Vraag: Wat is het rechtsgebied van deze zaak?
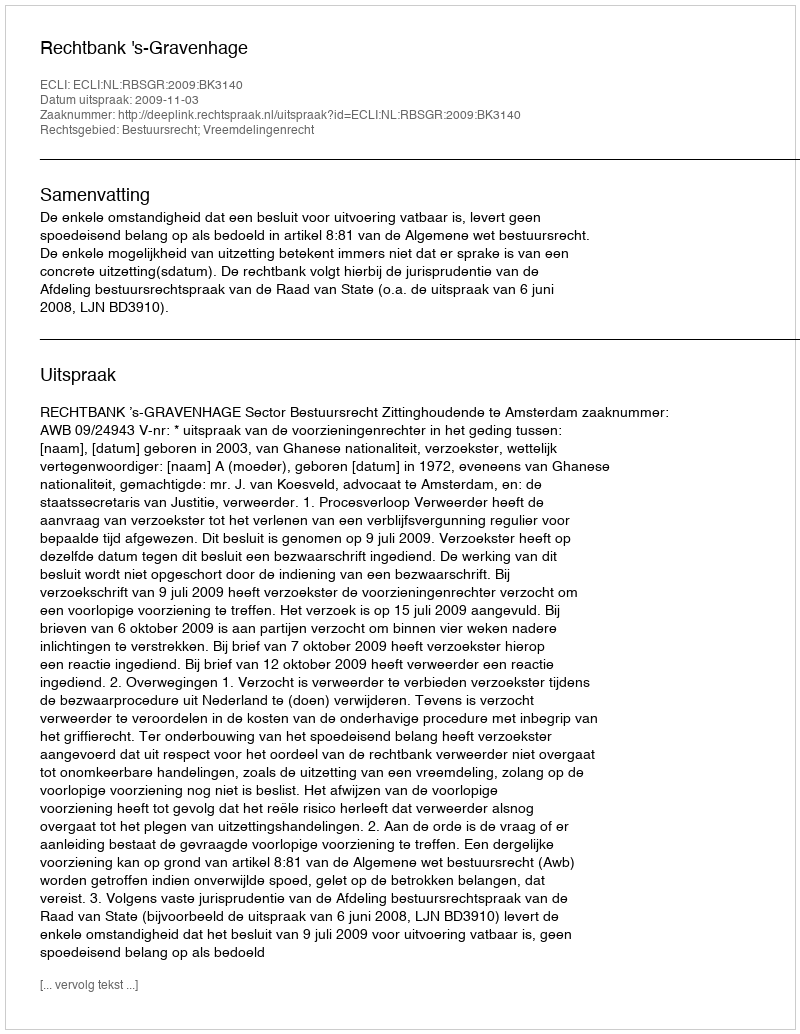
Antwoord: Bestuursrecht; Vreemdelingenrecht